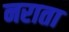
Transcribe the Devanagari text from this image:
नराता